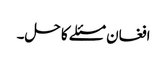
افغان مسئلے کا حل۔